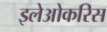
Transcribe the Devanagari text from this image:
इलेओकरिस